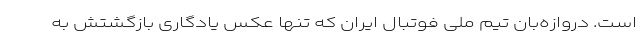
است. دروازه‌بان تیم ملی فوتبال ایران که تنها عکس یادگاری بازگشتش به